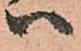
ハ